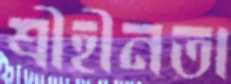
শ্রীহীনতা